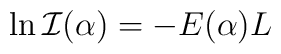
\ln {\cal I}(\alpha)=-E(\alpha)L